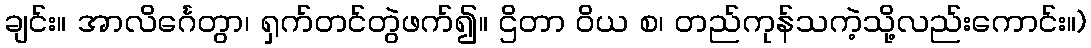
ချင်း။ အာလိင်္ဂေတွာ၊ ရှက်တင်တွဲဖက်၍။ ဌိတာ ဝိယ စ၊ တည်ကုန်သကဲ့သို့လည်းကောင်း။)